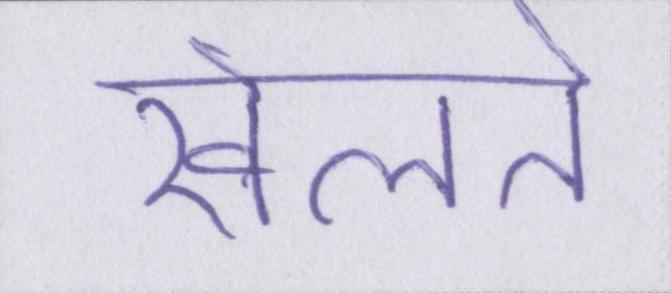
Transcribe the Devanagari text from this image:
खेलते